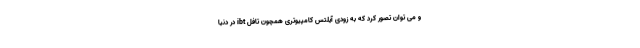
و می توان تصور کرد که به زودی آیلتس کامپیوتری همچون تافل ibt در دنیا